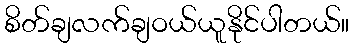
စိတ်ချလက်ချဝယ်ယူနိုင်ပါတယ်။